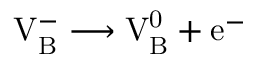
\mathrm { V _ { B } ^ { - } \longrightarrow V _ { B } ^ { 0 } + e ^ { - } }